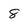
Character: 8